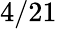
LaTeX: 4/21